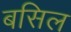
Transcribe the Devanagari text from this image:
बसिल